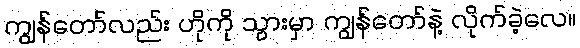
ကျွန်တော်လည်း ဟိုကို သွားမှာ ကျွန်တော်နဲ့ လိုက်ခဲ့လေ။